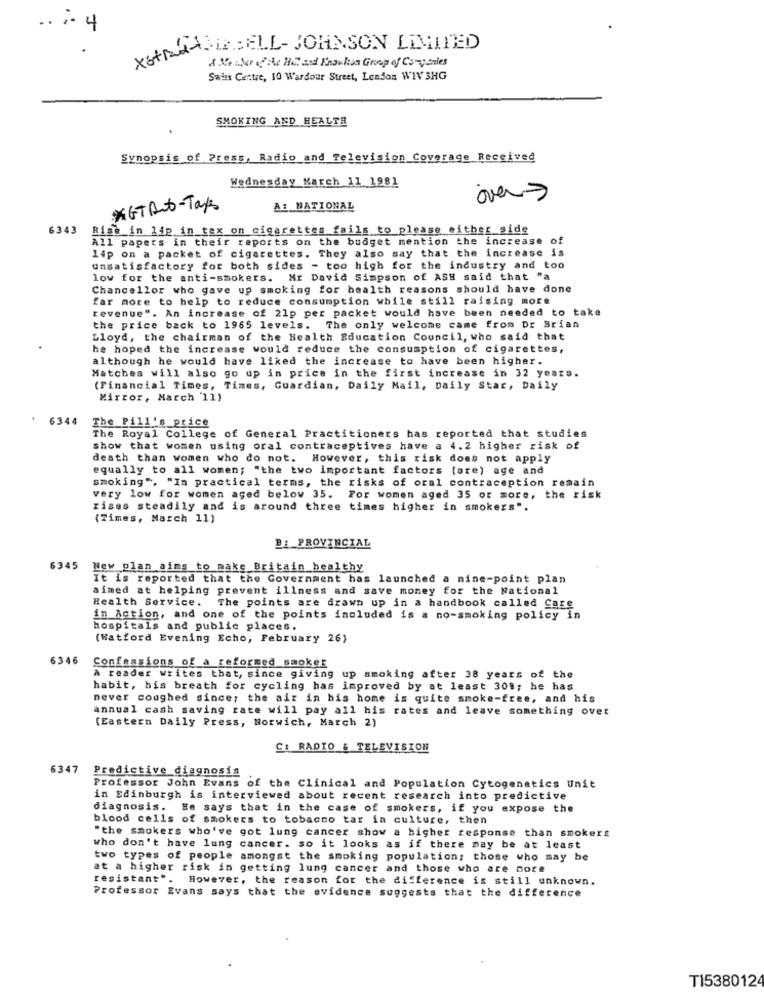
....
4
xstro- L= ELL- JOHNSON LIMITED
A Me : No (Ne Ho and Know los Group of Companies
Sains Centre, 10 Wardour Street, London WIV 3HG
SMOKING AND HEALTH
Synopsis of Press, Radio and Television Coverage Received
Wednesday March 11 1981
over>
*GTRct-Tapes
A: NATIONAL
6343
Rise in lip in tax on cigarettes fails to please either side
All papers in their reports on the budget mention the increase of
14p on a packet of cigarettes. They also say that the increase is
unsatisfactory for both sides - too high for the industry and too
low for the anti-smokers. Mr David Simpson of ASH said that "a
Chancellor who gave up smoking for health reasons should have done
far more to help to reduce consumption while still raising more
revenue". An increase of 21p per packet would have been needed to take
the price back to 1965 levels. The only welcome came from Dr Brian
Lloyd, the chairman of the Health Education Council, who said that
he hoped the increase would reduce the consumption of cigarettes,
although he would have liked the increase to have been higher.
Matches will also go up in price in the first increase in 32 years.
(Financial Times, Times, Guardian, Daily Mail, Daily Star, Daily
Mirror, March '11)
6344
The Pill's_price
The Royal College of General Practitioners has reported that studies
show that women using oral contraceptives have a 4.2 higher risk of
death than women who do not. However, this risk does not apply
equally to all women; "the two important factors (are) age and
smoking". "In practical terms, the risks of oral contraception remain
very low for women aged below 35. For women aged 35 or more, the risk
rises steadily and is around three times higher in smokers".
(Times, March 11)
B: PROVINCIAL
6345
New olan aims to make Britain healthy
It is reported that the Government has launched a nine-point plan
aimed at helping prevent illness and save money for the National
Health Service. The points a
The points are drawn up in a handbook called Care
in Action, and one of the points included is a no-smoking policy in
hospitals and public places.
(Watford Evening Echo, February 26)
6346
Confessions of a reformed smoker
A reader writes that, since giving up smoking after 38 years of the
habit, his breath for cycling has improved by at least 30$; he has
never coughed since; the air in his home is quite smoke-free, and his
annual cash saving rate will pay all his rates and leave something over
(Eastern Daily Press, Norwich, March 2)
C: RADIO & TELEVISION
6347
Predictive diagnosis
Professor John Evans of the Clinical and Population Cytogenetics Unit
in Edinburgh is interviewed about recent research into predictive
diagnosis. He says that in the case of smokers, if you expose the
blood cells of smokers to tobacco tar in culture, then
"the smokers who've got lung cancer show a higher response than smokers
who don't have lung cancer. so it looks as if there may be at least
two types of people amongst the smoking population; those who may be
at a higher risk in getting lung cancer and those who are more
resistant". However, the reason for the difference is still unknown.
Professor Evans says that the evidence suggests that the difference
TI538012